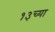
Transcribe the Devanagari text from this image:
१३च्या